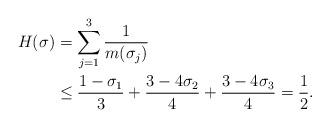
LaTeX: \begin{align*}H(\sigma)&=\sum_{j=1}^3\frac {1}{m(\sigma_j)}\\&\le\frac{1-\sigma_1}{3}+\frac{3-4\sigma_2}{4}+\frac{3-4\sigma_3}{4}=\frac 12.\end{align*}